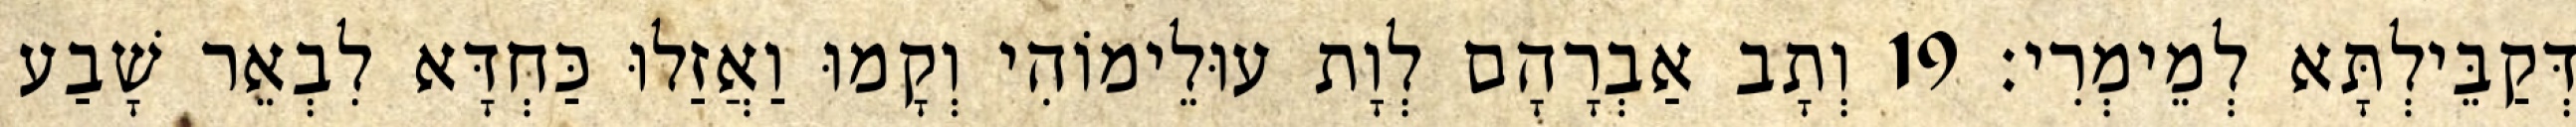
דְּקַבֵּילְתָּא לְמֵימְרִי׃ 19 וְתָב אַבְרָהָם לְוָת עוּלֵימוֹהִי וְקָמוּ וַאֲזַלוּ כַּחְדָּא לִבְאֵר שָׁבַע